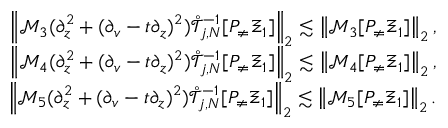
\begin{array} { r } { \left\| \mathcal { M } _ { 3 } ( \partial _ { z } ^ { 2 } + ( \partial _ { v } - t \partial _ { z } ) ^ { 2 } ) \mathring { \mathcal { T } } _ { j , N } ^ { - 1 } [ P _ { \neq } \Xi _ { 1 } ] \right\| _ { 2 } \lesssim \left\| \mathcal { M } _ { 3 } [ P _ { \neq } \Xi _ { 1 } ] \right\| _ { 2 } , } \\ { \left\| \mathcal { M } _ { 4 } ( \partial _ { z } ^ { 2 } + ( \partial _ { v } - t \partial _ { z } ) ^ { 2 } ) \mathring { \mathcal { T } } _ { j , N } ^ { - 1 } [ P _ { \neq } \Xi _ { 1 } ] \right\| _ { 2 } \lesssim \left\| \mathcal { M } _ { 4 } [ P _ { \neq } \Xi _ { 1 } ] \right\| _ { 2 } , } \\ { \left\| \mathcal { M } _ { 5 } ( \partial _ { z } ^ { 2 } + ( \partial _ { v } - t \partial _ { z } ) ^ { 2 } ) \mathring { \mathcal { T } } _ { j , N } ^ { - 1 } [ P _ { \neq } \Xi _ { 1 } ] \right\| _ { 2 } \lesssim \left\| \mathcal { M } _ { 5 } [ P _ { \neq } \Xi _ { 1 } ] \right\| _ { 2 } . } \end{array}